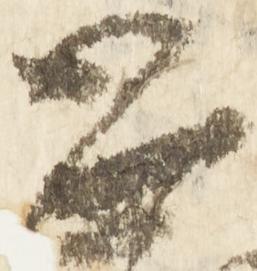
恐